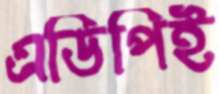
এডিপিই